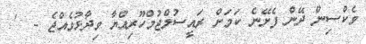
ވެކްސިން ދޭން ފެށޭނެ ކަމަށް ރައީސުލްޖުމްހޫރިއްޔާ ވިދާޅުވެއްޖެ -  '